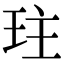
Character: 𤤛